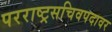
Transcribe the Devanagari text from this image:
परराष्ट्रसचिवपदावर